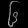
Digit: ၆